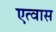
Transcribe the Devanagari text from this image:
एत्वास